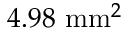
4 . 9 8 ~ \mathrm { m m } ^ { 2 }